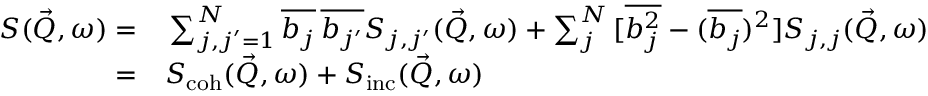
\begin{array} { r l } { S ( \vec { Q } , \omega ) = } & { { } \sum _ { \substack { j , j ^ { \prime } = 1 } } ^ { N } { \overline { { b _ { j } } } \, \overline { { b _ { j ^ { \prime } } } } } S _ { j , j ^ { \prime } } ( \vec { Q } , \omega ) + \sum _ { j } ^ { N } { [ \overline { { b _ { j } ^ { 2 } } } - ( \overline { { b _ { j } } } ) ^ { 2 } ] } S _ { j , j } ( \vec { Q } , \omega ) } \\ { = } & { { } S _ { \mathrm { c o h } } ( \vec { Q } , \omega ) + S _ { \mathrm { i n c } } ( \vec { Q } , \omega ) } \end{array}